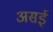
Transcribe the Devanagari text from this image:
असई